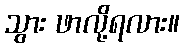
သွား ဖာလို့ရလား။